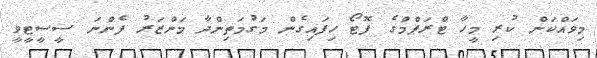
މިވައްކަން ކުރި މީހާ ޓްރަޕްމްގެ ފޮޓޯ ހިފައިގެން މަގުމަތިންދާ މަންޒަރު ފެންނަ ސީސީޓީވީ